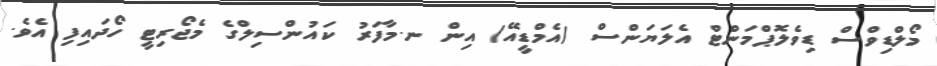
މޯލްޑިވްސް ޑިވެލޮޕްމަންޓް އެލަޔަންސް (އެމްޑީއޭ) އިން ނ.މާފަރު ކައުންސިލްގެ މެޖޯރިޓީ ހޯދައިފި އެވެ.